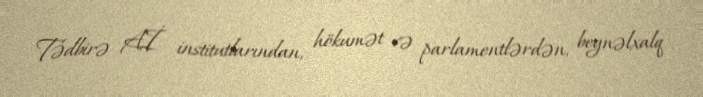
Tədbirə Aİ institutlarından, hökumət və parlamentlərdən, beynəlxalq